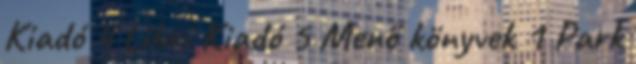
Kiadó 4 Libri Kiadó 5 Menő könyvek 1 Park